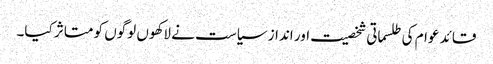
قائد عوام کی طلسماتی شخصیت اور انداز سیاست نے لاکھوں لوگوں کو متاثر کیا۔